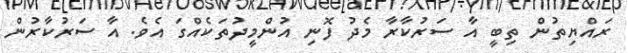
ރައްޔިތުން ތިބީ އާ ސަރުކާރާ މެދު ފޮނި އުންމީދުތަކެއްގަ އެވެ. އާ ސަރުކާރުން